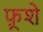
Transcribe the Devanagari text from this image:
फ़ूशे